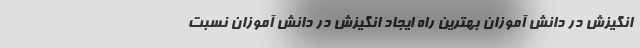
انگیزش در دانش آموزان بهترین راه ایجاد انگیزش در دانش آموزان نسبت